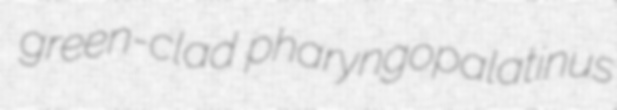
green-clad pharyngopalatinus